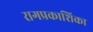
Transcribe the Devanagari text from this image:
रागप्रकाशिका